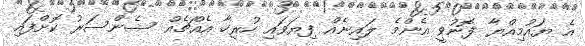
އެ ޔައުމިއްޔާ ފޮނުވީ އެންމެ ލައިނެއް ފިޔަވައި ހުރިހާ އެއްޗެއް ސެންސަރު ކޮށްފައި